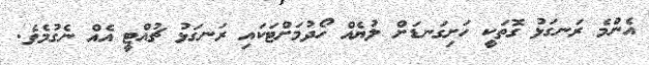
އެންމެ ރަނގަޅު ގޮތަކީ ހަށިގަނޑަށް ލުޔެއް ހޯދުމަށްޓަކައި ރަނގަޅު ޗުއްޓީ އެއް ނެގުމެވެ.